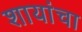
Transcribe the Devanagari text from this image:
शायांचा